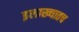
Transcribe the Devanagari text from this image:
इलाख्यातच